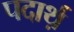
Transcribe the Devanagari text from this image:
पदार्थ़